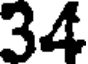
34